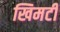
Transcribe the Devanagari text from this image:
खिमटी